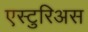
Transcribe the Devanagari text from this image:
एस्टुरिअस